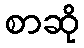
စာဆို